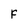
Character: F